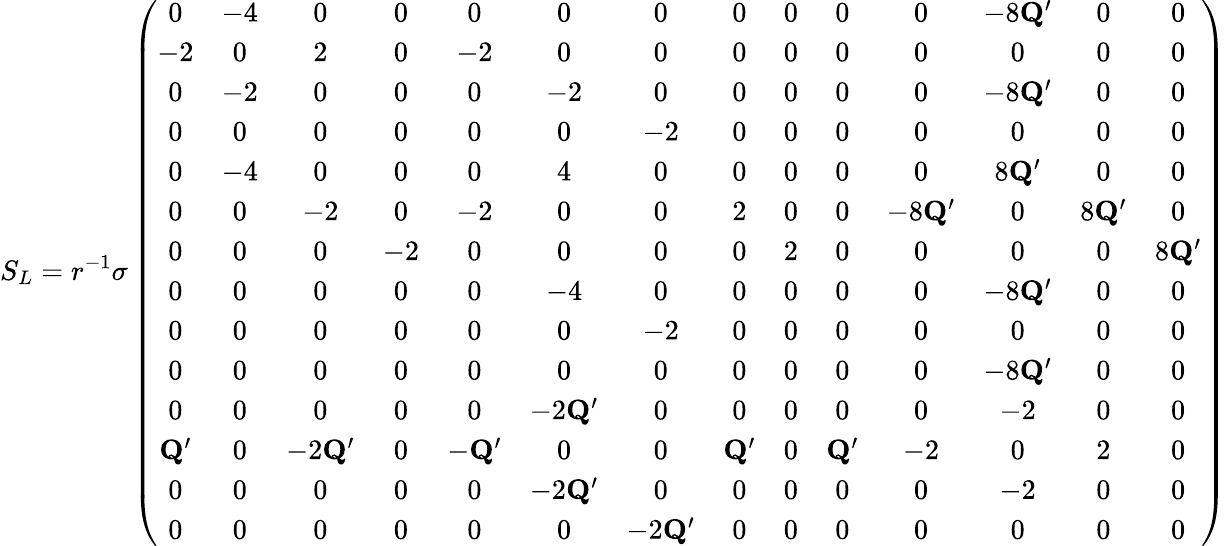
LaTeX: S_{L}=r^{-1}\sigma\left(\begin{array}{cccccccccccccc}{0}&{-4}&{0}&{0}&{0}&{0}&{0}&{0}&{0}&{0}&{0}&{-8\mathbf{Q}^{\prime}}&{0}&{0}\\ {-2}&{0}&{2}&{0}&{-2}&{0}&{0}&{0}&{0}&{0}&{0}&{0}&{0}&{0}\\ {0}&{-2}&{0}&{0}&{0}&{-2}&{0}&{0}&{0}&{0}&{0}&{-8\mathbf{Q}^{\prime}}&{0}&{0}\\ {0}&{0}&{0}&{0}&{0}&{0}&{-2}&{0}&{0}&{0}&{0}&{0}&{0}&{0}\\ {0}&{-4}&{0}&{0}&{0}&{4}&{0}&{0}&{0}&{0}&{0}&{8\mathbf{Q}^{\prime}}&{0}&{0}\\ {0}&{0}&{-2}&{0}&{-2}&{0}&{0}&{2}&{0}&{0}&{-8\mathbf{Q}^{\prime}}&{0}&{8\mathbf{Q}^{\prime}}&{0}\\ {0}&{0}&{0}&{-2}&{0}&{0}&{0}&{0}&{2}&{0}&{0}&{0}&{0}&{8\mathbf{Q}^{\prime}}\\ {0}&{0}&{0}&{0}&{0}&{-4}&{0}&{0}&{0}&{0}&{0}&{-8\mathbf{Q}^{\prime}}&{0}&{0}\\ {0}&{0}&{0}&{0}&{0}&{0}&{-2}&{0}&{0}&{0}&{0}&{0}&{0}&{0}\\ {0}&{0}&{0}&{0}&{0}&{0}&{0}&{0}&{0}&{0}&{0}&{-8\mathbf{Q}^{\prime}}&{0}&{0}\\ {0}&{0}&{0}&{0}&{0}&{-2\mathbf{Q}^{\prime}}&{0}&{0}&{0}&{0}&{0}&{-2}&{0}&{0}\\ {\mathbf{Q}^{\prime}}&{0}&{-2\mathbf{Q}^{\prime}}&{0}&{-\mathbf{Q}^{\prime}}&{0}&{0}&{\mathbf{Q}^{\prime}}&{0}&{\mathbf{Q}^{\prime}}&{-2}&{0}&{2}&{0}\\ {0}&{0}&{0}&{0}&{0}&{-2\mathbf{Q}^{\prime}}&{0}&{0}&{0}&{0}&{0}&{-2}&{0}&{0}\\ {0}&{0}&{0}&{0}&{0}&{0}&{-2\mathbf{Q}^{\prime}}&{0}&{0}&{0}&{0}&{0}&{0}&{0}\end{array}\right)